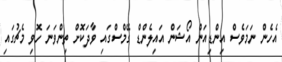
އެހެން ނަމަވެސް އިންޑިއަން އޯޝަން އައިލެންޑް ގޭމްސްގައި ވާދަކޮށް ތިންވަނަ ހޮވި މެޗުގައި